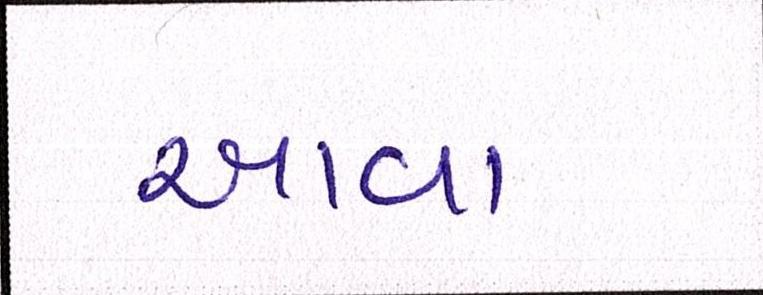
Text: આવા